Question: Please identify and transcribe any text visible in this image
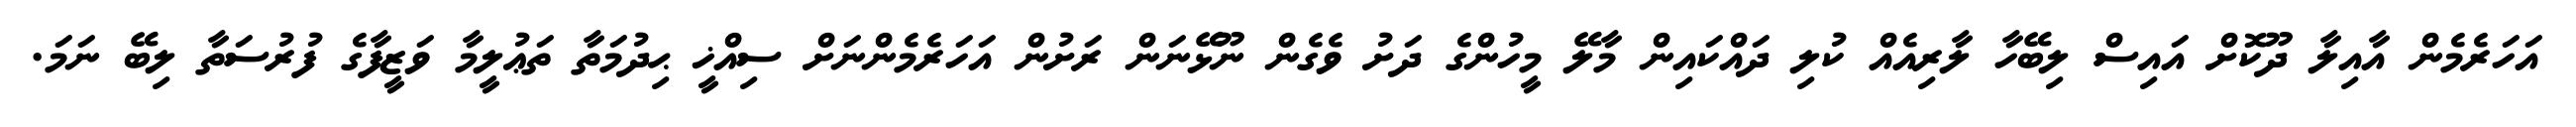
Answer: އަހަރެމެން އާއިލާ ދޫކޮށް އައިސް ލިބޭހާ ލާރިއެއް ކުލި ދައްކައިން މާލޭ މީހުންގެ ދަށު ވެގެން ނޫޅޭނަން ރަށުން އަހަރެމެންނަށް ސިއްޚީ ޙިދުމަތާ ތަޢުލީމާ ވަޒީފާގެ ފުރުސަތާ ލިބޭ ނަމަ.